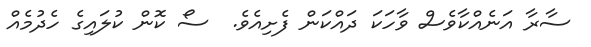
ސާރާ އަނެއްކާވެސް ވާހަކަ ދައްކަން ފެށިއެވެ.  ސޯ ކޮން ކުލައިގެ ހެދުމެއް